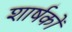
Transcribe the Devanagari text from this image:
शार्षकों